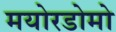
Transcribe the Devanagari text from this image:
मयोरडोमो